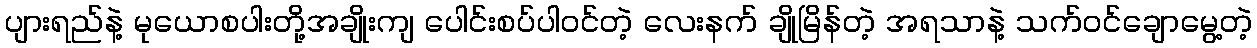
ပျားရည်နဲ့ မုယောစပါးတို့အချိုးကျ ပေါင်းစပ်ပါဝင်တဲ့ လေးနက် ချိုမြိန်တဲ့ အရသာနဲ့ သက်ဝင်ချောမွေ့တဲ့